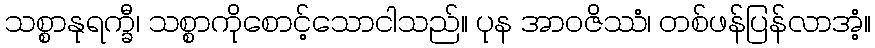
သစ္စာနုရက္ခီ၊ သစ္စာကိုစောင့်သောငါသည်။ ပုန အာဝဇိဿံ၊ တစ်ဖန်ပြန်လာအံ့။